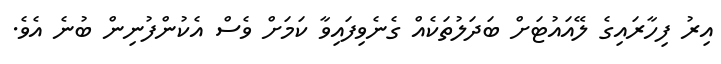
އިރު ފިހާރައިގެ ލޭއައުޓަށް ބަދަލުތަކެއް ގެނެވިފައިވާ ކަމަށް ވެސް އެކުންފުނިން ބުނެ އެވެ.